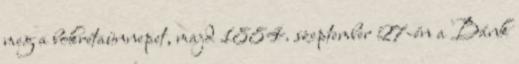
meg a bokrétaünnepet, majd 1884. szeptember 27-én a Bánk